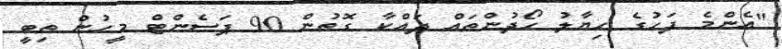
"އެންމެ ފަހުގެ ހިޔާލު ހޯދުންތައް ދައްކާ ގޮތުން 90 ޕަސެންޓް މީހުން ތިބީ